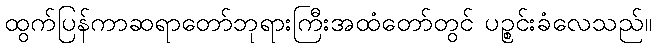
ထွက်ပြန်ကာဆရာတော်ဘုရားကြီးအထံတော်တွင် ပဉ္စင်းခံလေသည်။